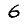
Digit: 6